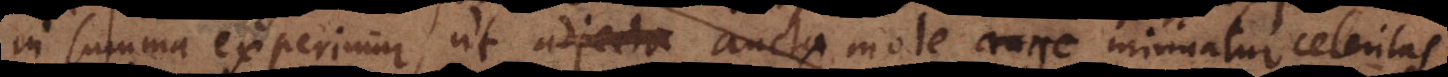
in summa experimur, ut adjecta aucta mole auge minuatur celeritas,